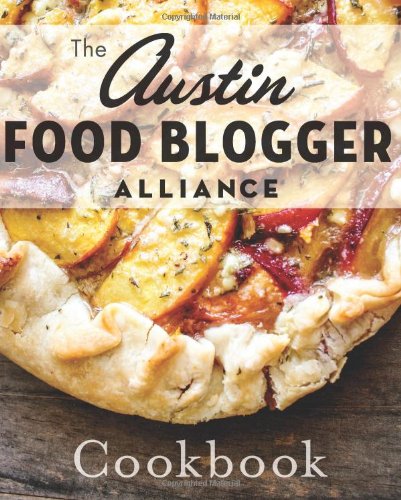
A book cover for The Austin Food Blogger Alliance Cookbook (American Palate); The Austin Food Blogger Alliance; Computers & Technology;